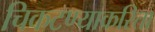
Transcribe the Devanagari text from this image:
चिकटण्याकरिता